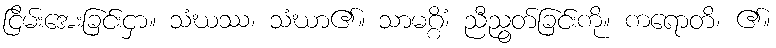
ငြိမ်းအေးခြင်းငှာ။ သံဃဿ၊ သံဃာ၏။ သာမဂ္ဂိံ၊ ညီညွတ်ခြင်းကို။ ကရောတိ၊ ၏။